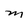
Character: M